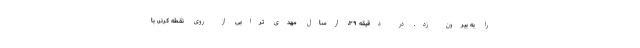
را به بیرون زد. در دقیقه ۳۹، ارسال مهدی ترابی از روی نقطه کرنر، با